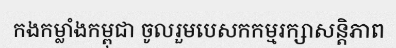
កងកម្លាំងកម្ពុជា ចូលរួមបេសកកម្មរក្សាសន្តិភាព